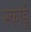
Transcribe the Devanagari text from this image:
स्कार्डू